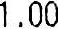
1.00